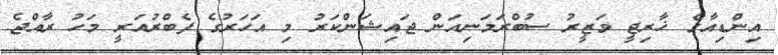
އިންޑިއާގެ ޚާރިޖީ ވަޒީރު ސުބްރަމަނިއަން ޖައިޝަންކަރު މި އަހަރުގެ ފެބްރުއަރީ މަހު ރާއްޖެ